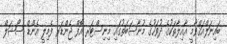
ބައިނަލްއަޤްވާމީ އާއިލާތަކުގެ ދުވަހުގެ މުނާސަބަތުގައި މިނިސްޓަރ އޮފް ޖެންޑަރ ފެމިލީ އެންޑް ސޯޝަލް